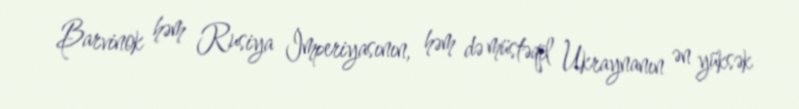
Barvinok həm Rusiya İmperiyasının, həm də müstəqil Ukraynanın ən yüksək